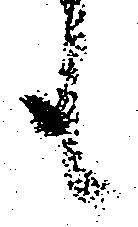
も